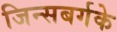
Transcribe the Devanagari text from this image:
जिन्सबर्गके